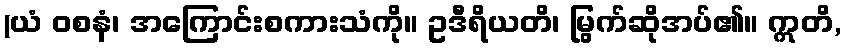
(ယံ ဝစနံ၊ အကြောင်းစကားသံကို။ ဥဒီရိယတိ၊ မြွက်ဆိုအပ်၏။ ဣတိ,